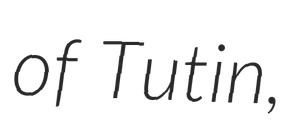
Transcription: of Tutin,